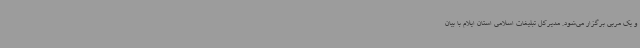
و یک مربی برگزار می‌شود. مدیرکل تبلیغات اسلامی استان ایلام با بیان